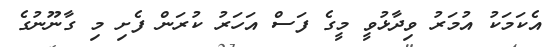
އެކަމަކު އުމަރު ވިދާޅުވީ މީގެ ފަސް އަހަރު ކުރަން ފެށި މި ގާނޫނުގެ